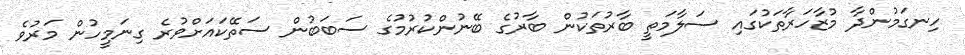
ހިނގަމުންދާ މުޒާހަރާތަކުގައި ސަލާމަތީ ބާރުތަކުން ބާރުގެ ބޭނުންކުރުމުގެ ސަބަބުން ސަތޭކައަށްވުރެ ގިނަމީހުން މަރުވެ